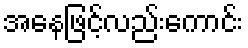
အနေဖြင့်လည်းကောင်း